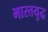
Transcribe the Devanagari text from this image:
भारतयुद्ध